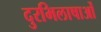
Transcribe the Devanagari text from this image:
दुरभिलाषाओं